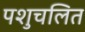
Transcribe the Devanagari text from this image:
पशुचलित